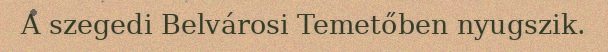
A szegedi Belvárosi Temetőben nyugszik.